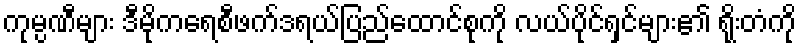
ကုမ္ပဏီများ ဒီမိုကရေစီဖက်ဒရယ်ပြည်ထောင်စုကို လယ်ပိုင်ရှင်များ၏ ရိုးတံကို